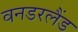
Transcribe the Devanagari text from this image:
वनडरलैंड